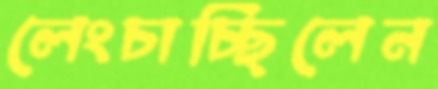
লেংচাচ্ছিলেন